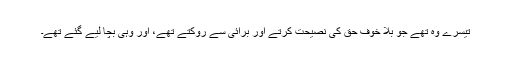
تیسرے وہ تھے جو بلا خوف حق کی نصیحت کرتے اور برائی سے روکتے تھے، اور وہی بچا لیے گئے تھے۔